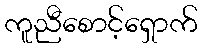
ကူညီစောင့်ရှောက်